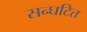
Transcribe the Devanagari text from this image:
सन्घटित